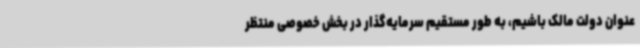
عنوان دولت مالک باشیم، به طور مستقیم سرمایه‌گذار در بخش خصوصی منتظر